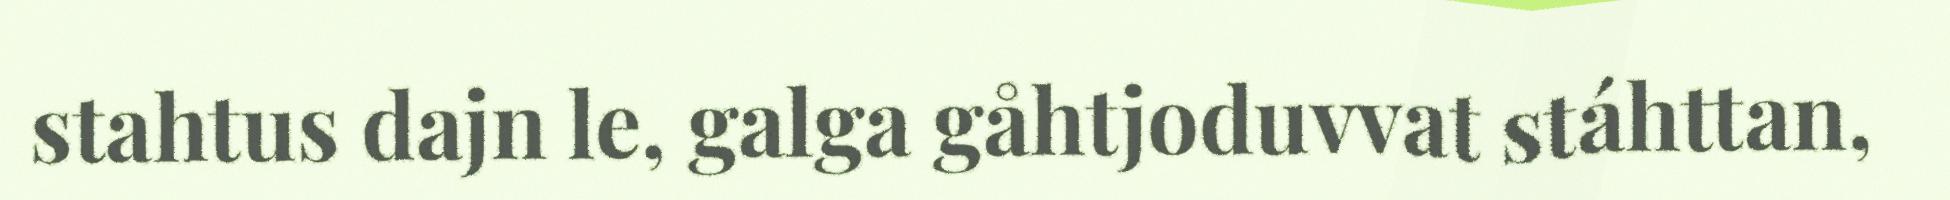
stahtus dajn le, galga gåhtjoduvvat stáhttan,